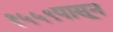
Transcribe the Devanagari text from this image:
१५५९पासून